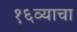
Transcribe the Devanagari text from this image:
१६व्याचा